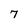
Character: 7